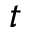
t